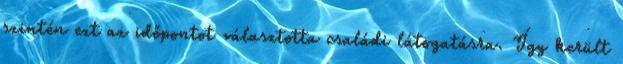
szintén ezt az időpontot választotta családi látogatásra. Így került